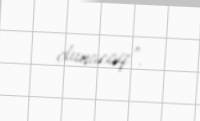
olunacaq”.